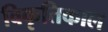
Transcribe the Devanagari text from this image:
विकृतिकाल